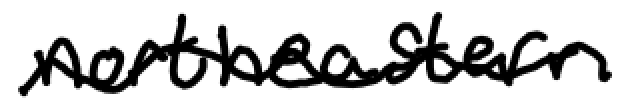
Text: northeastern
Cross-out: wave
Writing tool: digital_black